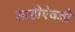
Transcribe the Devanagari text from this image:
साडीऐवजी